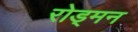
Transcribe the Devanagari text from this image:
रोड्मन